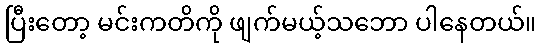
ပြီးတော့ မင်းကတိကို ဖျက်မယ့်သဘော ပါနေတယ်။